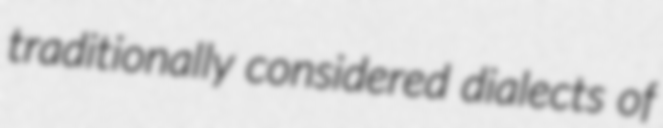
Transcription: traditionally considered dialects of